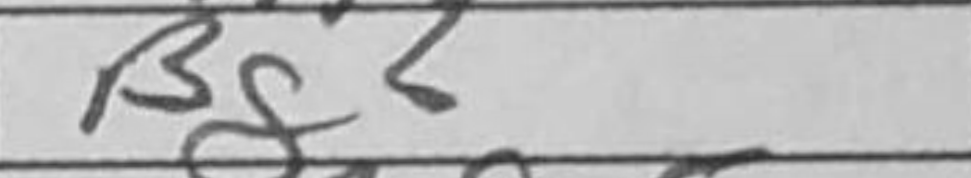
Transcription: Bg6